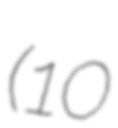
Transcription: (10